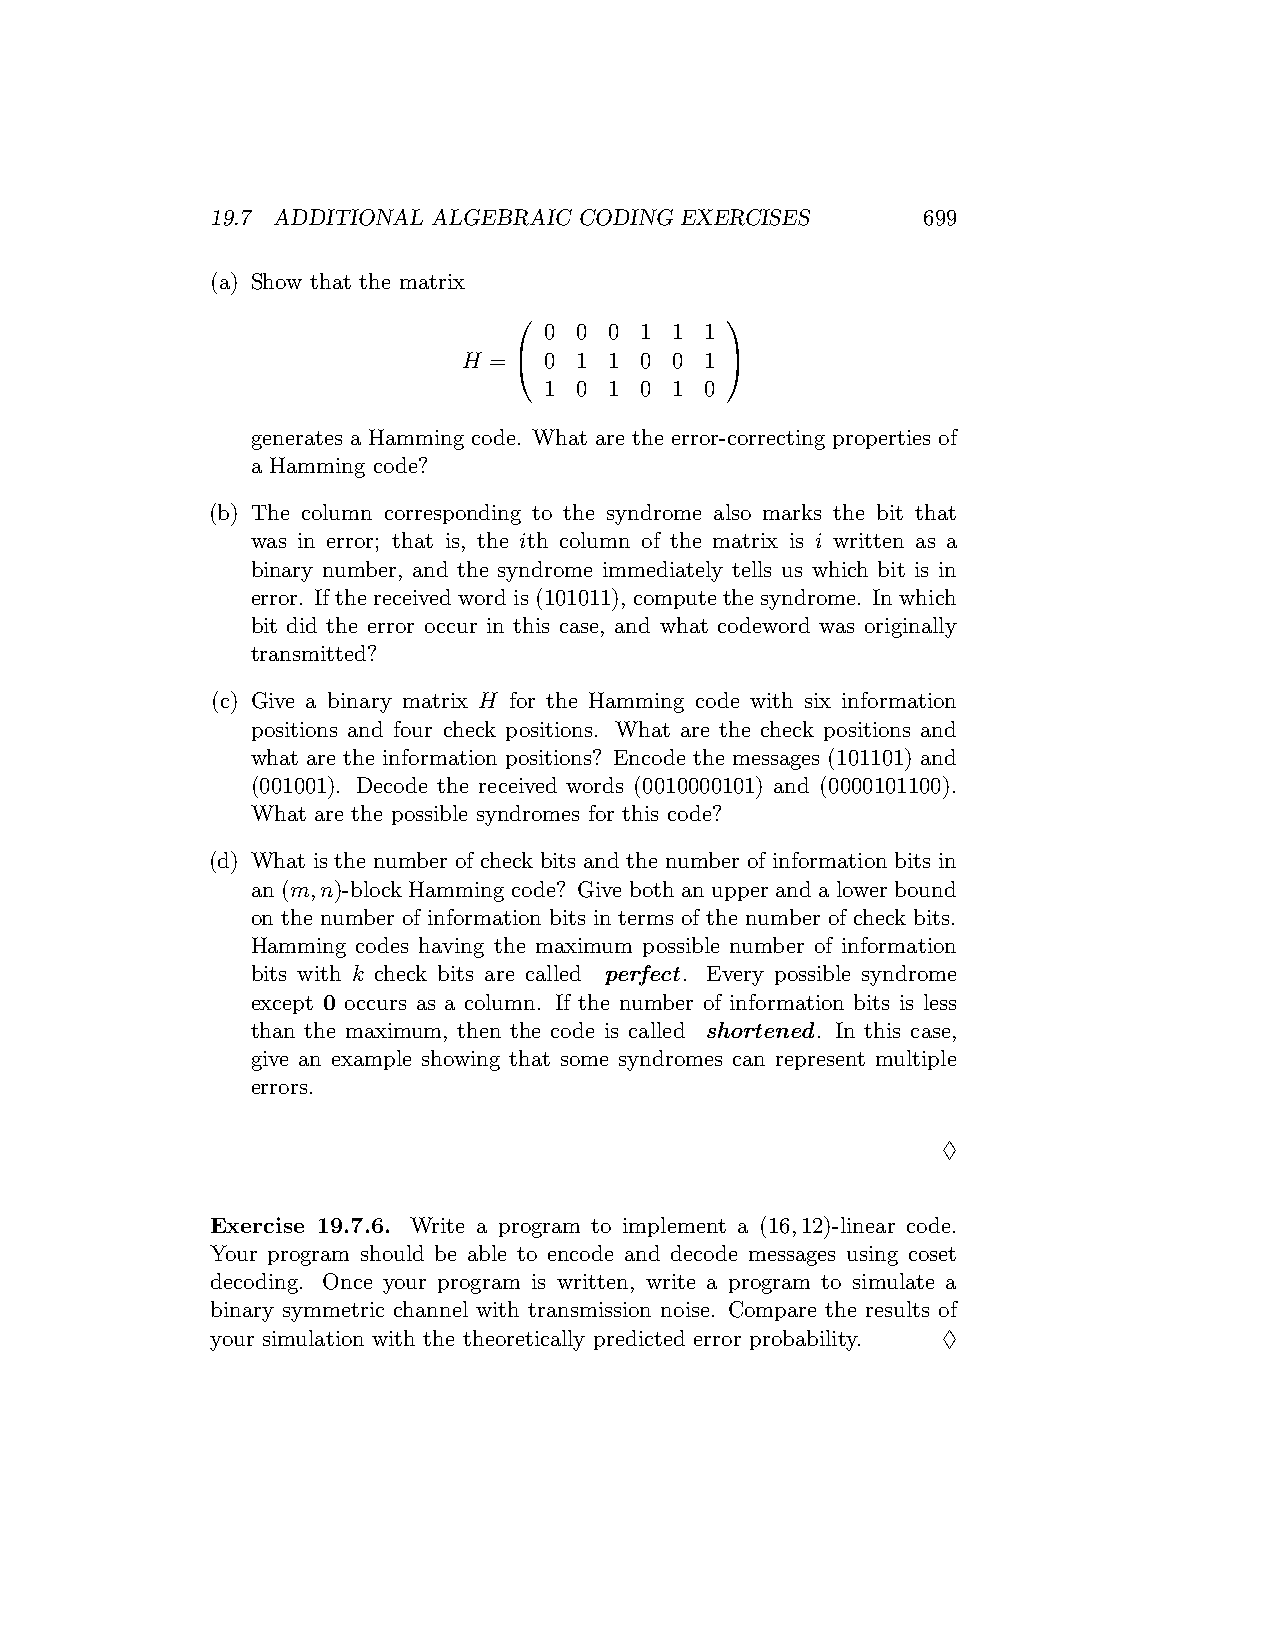
19.7 ADDITIONAL ALGEBRAIC CODING EXERCISES     699
 (a) Show that the matrix
              
 0 0 0 1 1  1
 H =  0 1 1 0 0 1 
 1 0 1 0 1  0
 generates a Hamming code. What are the error-correcting properties of
 a Hamming code?
 (b) The column corresponding to the syndrome also marks the bit that
 was in error; that is, the ith column of the matrix is i written as a
 binary number, and the syndrome immediately tells us which bit is in
 error. Ifthereceivedwordis(101011), computethesyndrome. Inwhich
 bit did the error occur in this case, and what codeword was originally
 transmitted?
 (c) Give a binary matrix H for the Hamming code with six information
 positions and four check positions. What are the check positions and
 what are the information positions? Encode the messages (101101) and
 (001001). Decode the received words (0010000101) and (0000101100).
 What are the possible syndromes for this code?
 (d) What is the number of check bits and the number of information bits in
 an (m,n)-block Hamming code? Give both an upper and a lower bound
 on the number of information bits in terms of the number of check bits.
 Hamming codes having the maximum possible number of information
 bits with k check bits are called perfect. Every possible syndrome
 except 0 occurs as a column. If the number of information bits is less
 than the maximum, then the code is called shortened. In this case,
 give an example showing that some syndromes can represent multiple
 errors.
 ♢
 Exercise 19.7.6. Write a program to implement a (16,12)-linear code.
 Your program should be able to encode and decode messages using coset
 decoding. Once your program is written, write a program to simulate a
 binary symmetric channel with transmission noise. Compare the results of
 your simulation with the theoretically predicted error probability. ♢